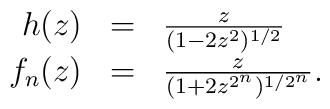
\begin{array}{rcl} h(z) &=&\frac{z}{(1-2 z^2)^{1/2}}\\ f_n(z) &=& \frac{z}{(1+ 2 z^{2^n})^{1/2^n}}.\end{array}